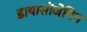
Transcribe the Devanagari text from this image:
डायासोजेनिन